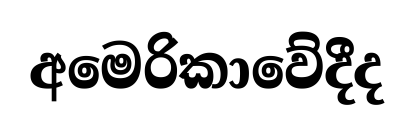
අමෙරිකාවේදීද